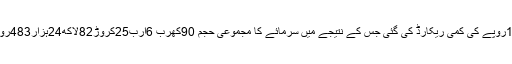
مندی کے سبب مارکیٹ کے سرمائے میں87ارب17کروڑ65لاکھ62ہزار121روپے کی کمی ریکارڈ کی گئی جس کے نتیجے میں سرمائے کا مجموعی حجم 90کھرب 6ارب25کروڑ82لاکھ24ہزار483روپے سے گھٹ کر 89کھرب19ارب8کروڑ16لاکھ62ہزار362روپے رہ گیا ۔